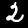
Label: 2